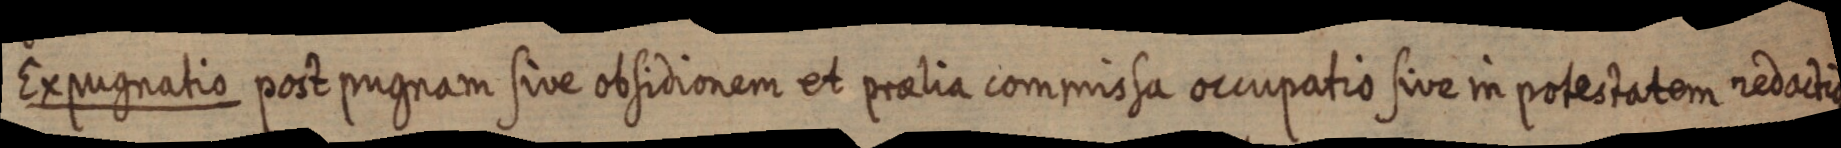
Expugnatio post pugnam sive obsidionem et praelia commissa occupatio sive in potestatem redactie